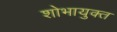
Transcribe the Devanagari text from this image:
शोभायुक्त